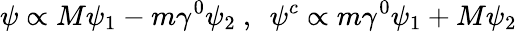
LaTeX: \psi\propto M\psi_{1}-m\gamma^{0}\psi_{2}~,~~\psi^{c}\propto m\gamma^{0}\psi_{1}+M\psi_{2}